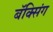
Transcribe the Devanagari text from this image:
बॅक्सिंग